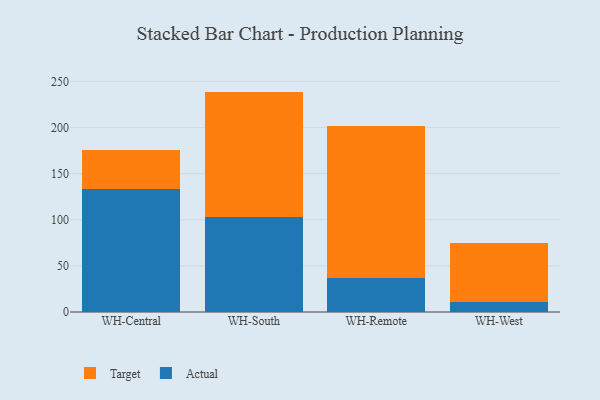
{"axis": {"x": "Warehouse", "y": "Revenue (USD Million)"}, "legend": ["Actual", "Target"], "data": [{"x": "WH-Central", "y": 133.9, "type": "Actual"}, {"x": "WH-Central", "y": 42.2, "type": "Target"}, {"x": "WH-South", "y": 103.3, "type": "Actual"}, {"x": "WH-South", "y": 135.7, "type": "Target"}, {"x": "WH-Remote", "y": 37.1, "type": "Actual"}, {"x": "WH-Remote", "y": 164.9, "type": "Target"}, {"x": "WH-West", "y": 10.7, "type": "Actual"}, {"x": "WH-West", "y": 64.5, "type": "Target"}]}